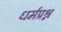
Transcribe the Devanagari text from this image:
धर्मप्रश्न